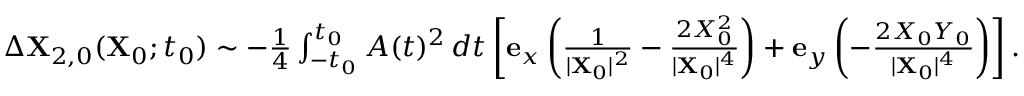
\begin{array} { r } { \Delta \mathbf { X } _ { 2 , 0 } ( \mathbf { X } _ { 0 } ; t _ { 0 } ) \sim - \frac { 1 } { 4 } \int _ { - t _ { 0 } } ^ { t _ { 0 } } A ( t ) ^ { 2 } \, d t \left[ \mathbf { e } _ { x } \left( \frac { 1 } { \vert \mathbf { X } _ { 0 } \vert ^ { 2 } } - \frac { 2 X _ { 0 } ^ { 2 } } { \vert \mathbf { X } _ { 0 } \vert ^ { 4 } } \right) + \mathbf { e } _ { y } \left( - \frac { 2 X _ { 0 } Y _ { 0 } } { \vert \mathbf { X } _ { 0 } \vert ^ { 4 } } \right) \right] . } \end{array}